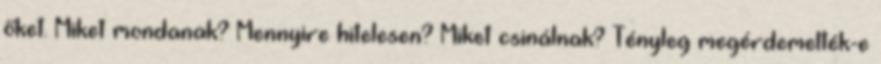
őket. Miket mondanak? Mennyire hitelesen? Miket csinálnak? Tényleg megérdemelték-e